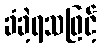
ခံခဲ့ရသဖြင့်